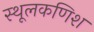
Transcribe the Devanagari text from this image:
स्थूलकणिश